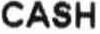
CASH